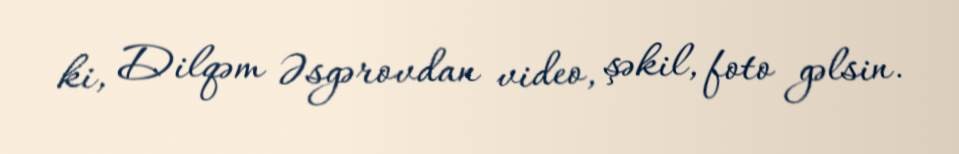
ki, Dilqəm Əsgərovdan video, şəkil, foto gəlsin.